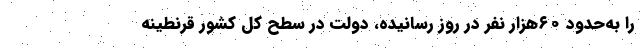
را به‌حدود ۶۰هزار نفر در روز رسانیده، دولت در سطح کل کشور قرنطینه